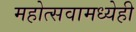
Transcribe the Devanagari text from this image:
महोत्सवामध्येही